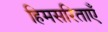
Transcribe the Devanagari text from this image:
हिमसरिताएँ